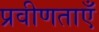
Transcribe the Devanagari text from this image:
प्रवीणताएँ